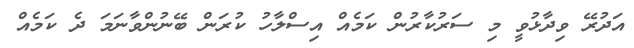
އަދުރޭ ވިދާޅުވީ މި ސަރުކާރުން ކަމެއް އިސްލާހު ކުރަން ބޭނުންވާނަމަ ދެ ކަމެއް